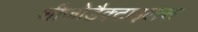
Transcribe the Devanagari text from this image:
शीजोडैक्टाइलस